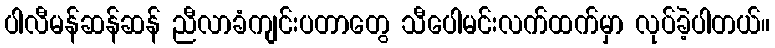
ပါလီမန်ဆန်ဆန် ညီလာခံကျင်းပတာတွေ သီပေါမင်းလက်ထက်မှာ လုပ်ခဲ့ပါတယ်။